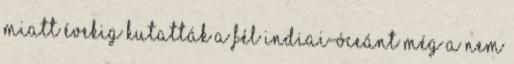
miatt évekig kutatták a fél Indiai-óceánt még a nem